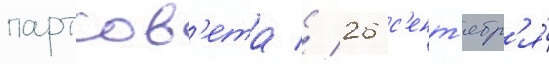
партсов'ета // 26 с'ент'ябр'я́